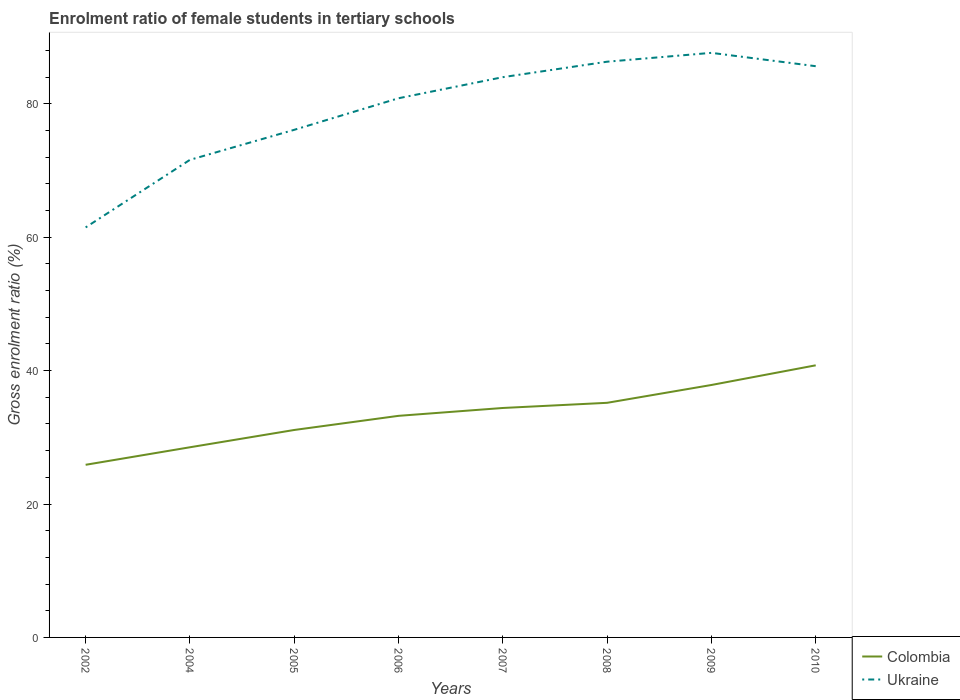
| Years | Colombia | Ukraine |
 | --- | --- | --- |
 | 2002 | 25.9 | 61.5 |
 | 2004 | 28.5 | 71.6 |
 | 2005 | 31.1 | 76.1 |
 | 2006 | 33.2 | 80.8 |
 | 2007 | 34.4 | 84 |
 | 2008 | 35.2 | 86.3 |
 | 2009 | 37.8 | 87.6 |
 | 2010 | 40.8 | 85.6 |